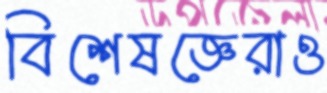
বিশেষজ্ঞেরাও